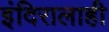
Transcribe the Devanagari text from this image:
इंदिरालाही